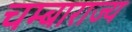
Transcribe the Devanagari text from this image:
चम्बाराज्य